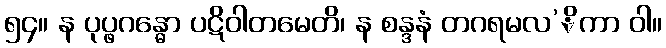
၅၄။ န ပုပ္ဖဂန္ဓော ပဋိဝါတမေတိ၊ န စန္ဒနံ တဂရမလ’ိကာ ဝါ။